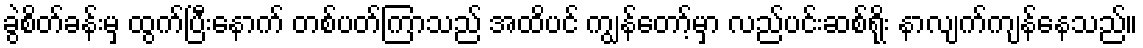
ခွဲစိတ်ခန်းမှ ထွက်ပြီးနောက် တစ်ပတ်ကြာသည် အထိပင် ကျွန်တော့်မှာ လည်ပင်းဆစ်ရိုး နာလျက်ကျန်နေသည်။